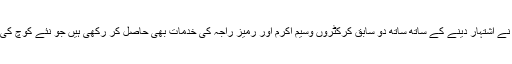
اس مقصد کے تحت اس نے اشتہار دینے کے ساتھ ساتھ دو سابق کرکٹروں وسیم اکرم اور رمیز راجہ کی خدمات بھی حاصل کر رکھی ہیں جو نئے کوچ کی تلاش میں مدد دیں گے۔